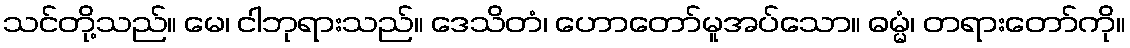
သင်တို့သည်။ မေ၊ ငါဘုရားသည်။ ဒေသိတံ၊ ဟောတော်မူအပ်သော။ ဓမ္မံ၊ တရားတော်ကို။